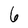
Character: 6